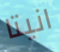
انيتا